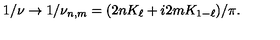
1 / \nu \rightarrow 1 / \nu _ { n , m } = ( 2 n K _ { \ell } + i 2 m K _ { 1 - \ell } ) / \pi .